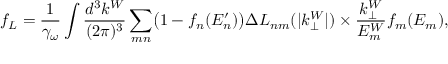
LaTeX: f _ { L } = \frac { 1 } { \gamma _ { \omega } } \int { \frac { d ^ { 3 } k ^ { W } } { ( 2 \pi ) ^ { 3 } } } \sum _ { m n } \bigl ( 1 - f _ { n } ( E _ { n } ^ { \prime } ) \bigr ) \Delta L _ { n m } ( | k _ { \perp } ^ { W } | ) \times \frac { k _ { \perp } ^ { W } } { E _ { m } ^ { W } } f _ { m } ( E _ { m } ) ,